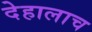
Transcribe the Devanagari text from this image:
देहालाच